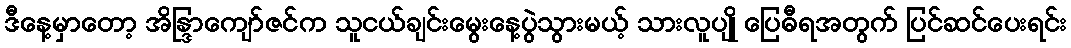
ဒီနေ့မှာတော့ အိန္ဒြာကျော်ဇင်က သူငယ်ချင်းမွေးနေ့ပွဲသွားမယ့် သားလူပျို ပြေဓီရအတွက် ပြင်ဆင်ပေးရင်း